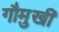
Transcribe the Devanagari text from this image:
गौमुखी